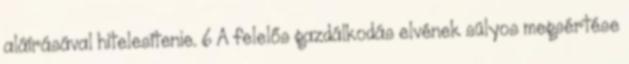
aláírásával hitelesítenie. 6 A felelős gazdálkodás elvének súlyos megsértése